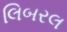
લિબરલ